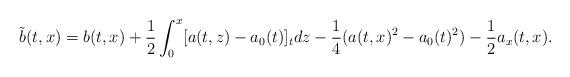
LaTeX: \begin{align*}\tilde{b}(t,x)=b(t,x)+\frac{1}{2}\int_0^x[a(t,z)-a_0(t)]_tdz-\frac{1}{4}(a(t,x)^2-a_0(t)^2)-\frac{1}{2}a_x(t,x).\end{align*}